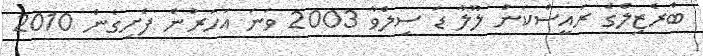
ބްރެޒިލްގެ ރައީސްކަން ލޫލާ ޑަ ސިލްވާ 2003 ވަނަ އަހަރުން ފެށިގެން 2010